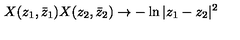
X ( z _ { 1 } , \bar { z } _ { 1 } ) X ( z _ { 2 } , \bar { z } _ { 2 } ) \rightarrow - \ln { | z _ { 1 } - z _ { 2 } | ^ { 2 } }